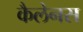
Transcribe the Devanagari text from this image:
कैलेनस